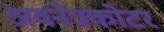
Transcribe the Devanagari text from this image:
अवनेत्रकोटर